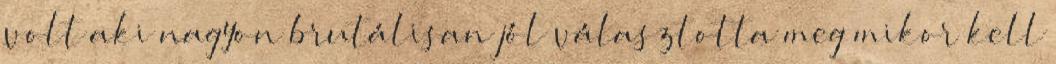
volt aki nagyon brutálisan jól választotta meg mikor kell